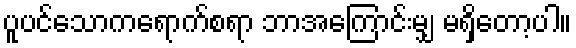
ပူပင်သောကရောက်စရာ ဘာအကြောင်းမျှ မရှိတော့ပါ။